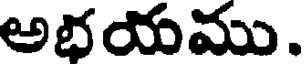
అభయము.